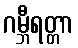
ဂမ္ဘီရတ္တာ